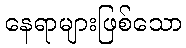
နေရာများဖြစ်သော